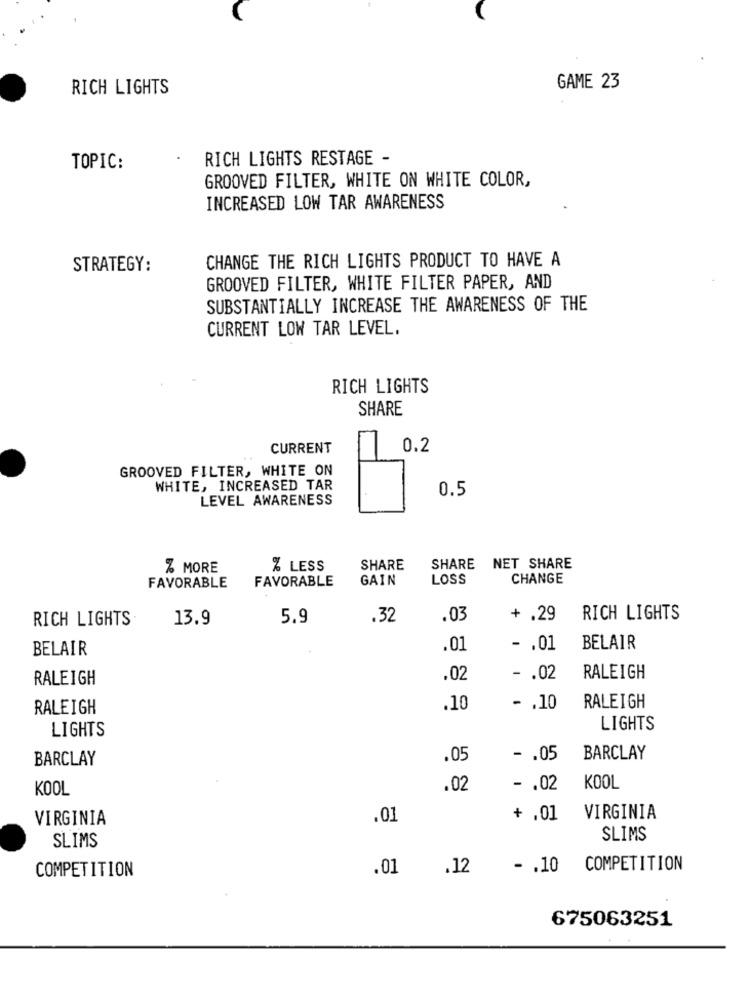
RICH LIGHTS
GAME 23
RICH LIGHTS RESTAGE -
TOPIC:
GROOVED FILTER, WHITE ON WHITE COLOR,
INCREASED LOW TAR AWARENESS
CHANGE THE RICH LIGHTS PRODUCT TO HAVE A
STRATEGY:
GROOVED FILTER, WHITE FILTER PAPER, AND
SUBSTANTIALLY INCREASE THE AWARENESS OF THE
CURRENT LOW TAR LEVEL.
RICH LIGHTS
SHARE
CURRENT
0.2
GROOVED FILTER, WHITE ON
WHITE, INCREASED TAR
0.5
LEVEL AWARENESS
% MORE
% LESS
SHARE
SHARE NET SHARE
FAVORABLE
GAIN
LOSS
CHANGE
FAVORABLE
RICH LIGHTS
13.9
5.9
.32
.03
+ .29
RICH LIGHTS
BELAIR
.01
- . 01
BELAIR
RALEIGH
.02
- . 02
RALEIGH
RALEIGH
.10
- . 10
RALEIGH
LIGHTS
LIGHTS
BARCLAY
.05
- . 05
BARCLAY
KOOL
.02
-. 02
KOOL
VIRGINIA
.01
+ ,01
VIRGINIA
SLIMS
SLIMS
.01
.12
- . 10 COMPETITION
COMPETITION
675063251